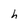
Character: h